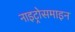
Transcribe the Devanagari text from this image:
नाइट्रोसमाइन